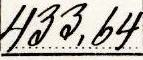
433,64